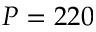
P = 2 2 0